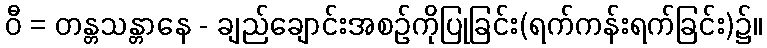
ဝီ = တန္တသန္တာနေ - ချည်ချောင်းအစဉ်ကိုပြုခြင်း(ရက်ကန်းရက်ခြင်း)၌။